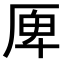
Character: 𠩲